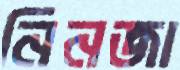
নিনজা